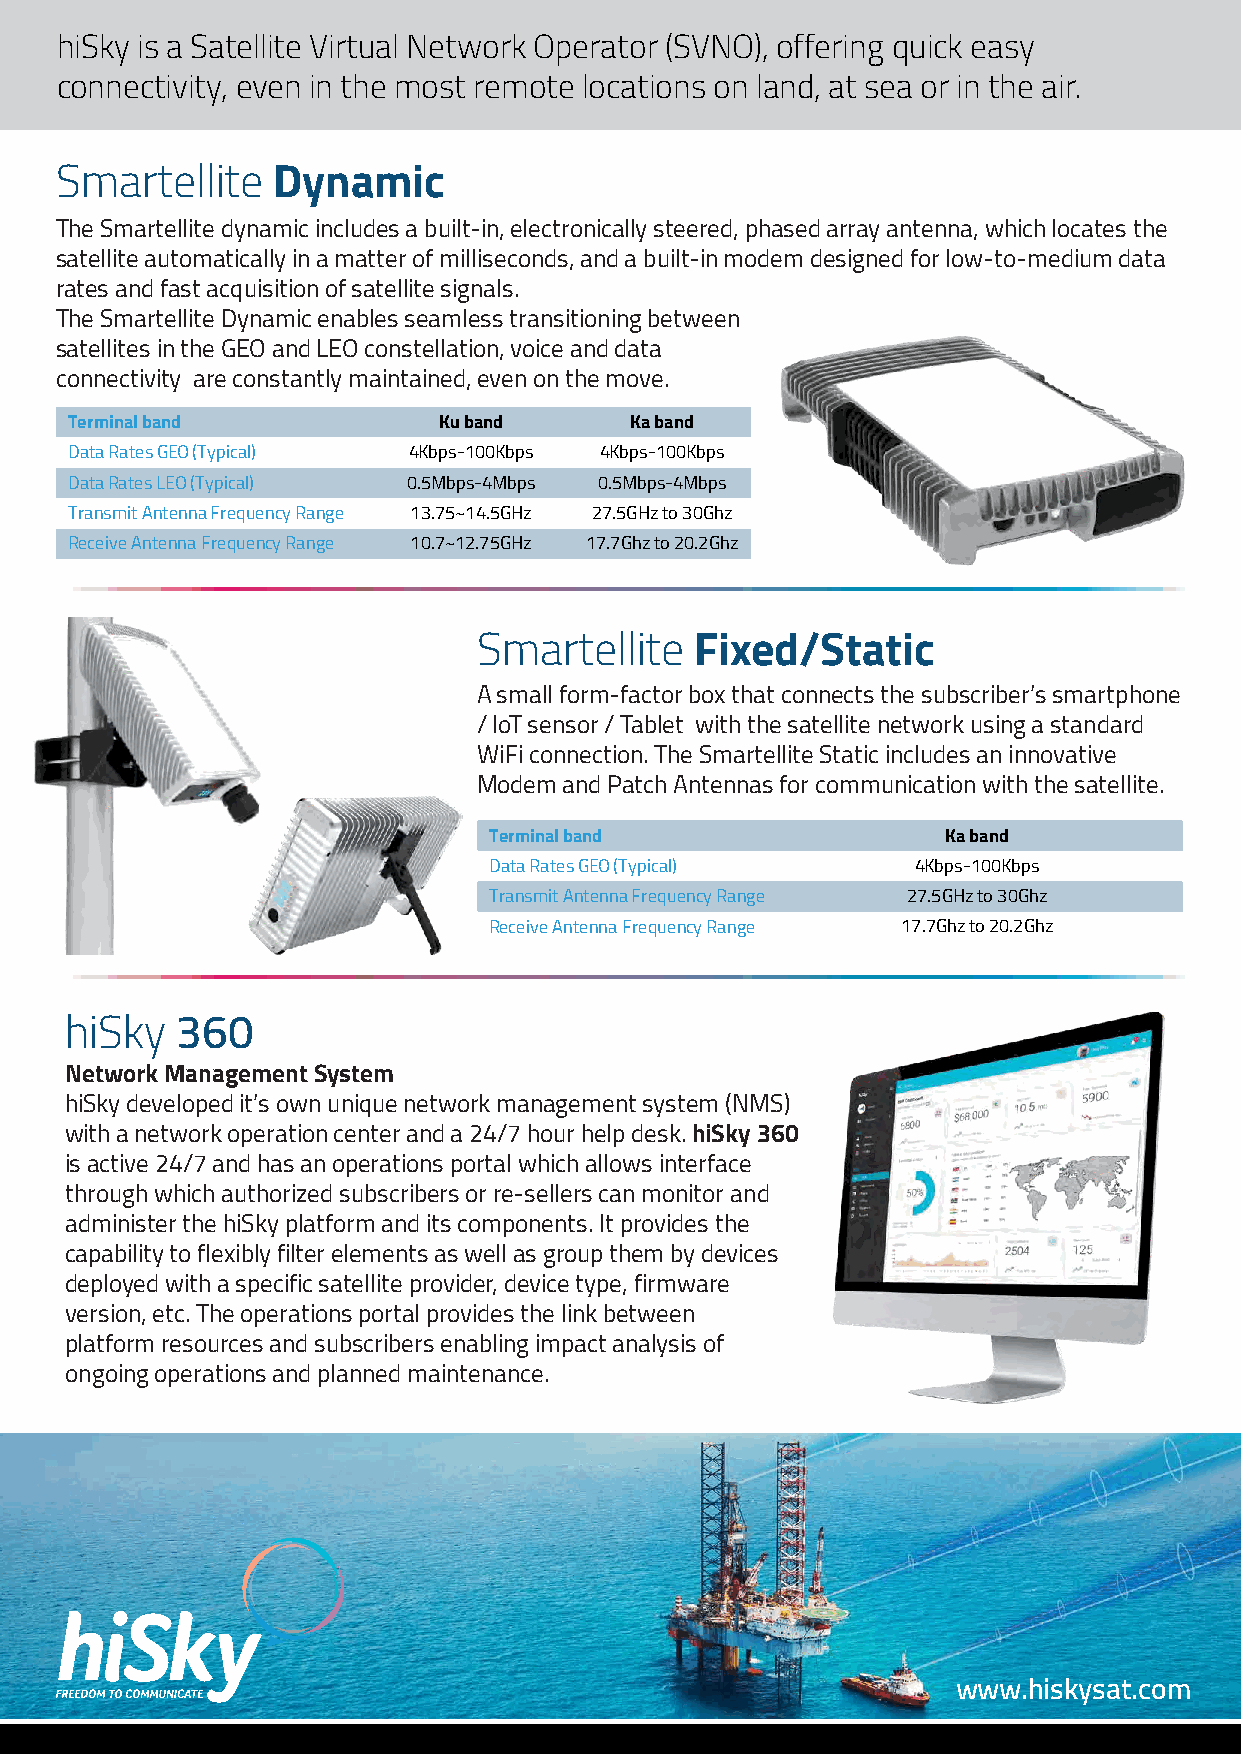
hiSky is a Satellite Virtual Network Operator (SVNO), offering quick easy
 connectivity,�even in the most remote locations on land, at sea or in the air.
 Smartellite   Dynamic
 The Smartellite dynamic includes a built-in, electronically steered, phased array antenna, which locates the
 satellite automatically in a matter of milliseconds, and a built-in modem designed for low-to-medium data
 rates and fast acquisition of satellite signals.
 The Smartellite Dynamic enables seamless transitioning between
 satellites in the GEO and LEO constellation, voice and data
 connectivity �are constantly maintained, even on the move.
 Terminal band            Ku band      Ka band
 Data Rates GEO (Typical) 4Kbps-100Kbps 4Kbps-100Kbps
 Data Rates LEO (Typical) 0.5Mbps-4Mbps 0.5Mbps-4Mbps
 Transmit Antenna Frequency Range 13.75~14.5GHz 27.5GHz to 30Ghz
 Receive Antenna Frequency Range 10.7~12.75GHz 17.7Ghz to 20.2Ghz
 Smartellite   Fixed/Static
 A small form-factor box that connects the subscriber’s smartphone
 / IoT sensor / Tablet �with the satellite network using a standard �
 WiFi connection. The Smartellite Static includes an innovative
 Modem and Patch Antennas for communication with the satellite.
 Terminal band                  Ka band
 Data Rates GEO (Typical)     4Kbps-100Kbps
 Transmit Antenna Frequency Range 27.5GHz to 30Ghz
 Receive Antenna Frequency Range 17.7Ghz to 20.2Ghz
 hiSky   360
 Network Management System
 hiSky developed it’s own unique network management system (NMS)
 with a network operation center and a 24/7 hour help desk. hiSky 360
 is active 24/7 and has an operations portal which allows interface
 through which authorized subscribers or re-sellers can monitor and
 administer the hiSky platform and its components. It provides the
 capability to flexibly filter elements as well as group them by devices
 deployed with a specific satellite provider, device type, firmware
 version, etc. The operations portal provides the link between
 platform resources and subscribers enabling impact analysis of
 ongoing operations and planned maintenance.
 www.hiskysat.com